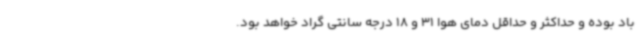
باد بوده و حداکثر و حداقل دمای هوا 31 و 18 درجه سانتی گراد خواهد بود.